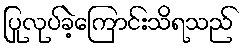
ပြုလုပ်ခဲ့ကြောင်းသိရသည်